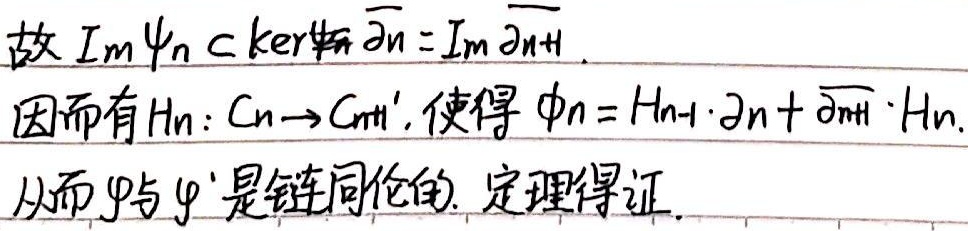
故$\mathrm{Im}\psi_n\subset\mathrm{ker}\overline{\partial}_n=\mathrm{Im}\overline{\partial}_{n + 1}$。

因而有$H_n:C_n\rightarrow C_{n+1}'$，使得$\phi_n = H_{n - 1}\cdot\partial_n+\overline{\partial}_{n + 1}\cdot H_n$。

从而$\varphi$与$\varphi'$是链同伦的. 定理得证。